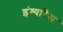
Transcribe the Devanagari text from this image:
इंश्यारेंस